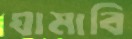
ঘামাবি